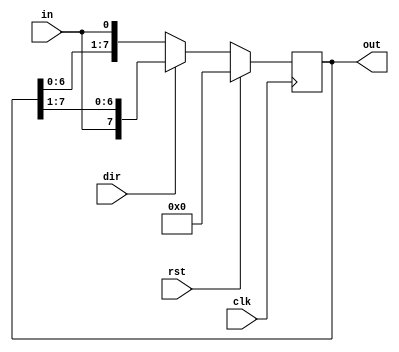
`timescale 1ns / 1ps
//////////////////////////////////////////////////////////////////////////////////
// Company: 
// Engineer: 
// 
// Design Name: 
// Module Name:    shiftregister 
// Project Name: 
// Target Devices: 
// Tool versions: 
// Description: 
//
// Dependencies: 
//
// Revision: 
// Revision 0.01 - File Created
// Additional Comments: 
//
//////////////////////////////////////////////////////////////////////////////////
module shiftregister(out,dir,in,clk,rst);

output reg[7:0]out;
input dir,in,clk,rst;

always @(posedge clk)
begin
if(!rst)
	if(dir==0)
		out<={out[6:0],in};		//left shift
	else
		out<={in,out[7:1]};		//right shift
else
	out<=0;
end
endmodule